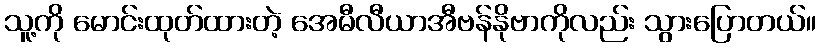
သူ့ကို မောင်းထုတ်ထားတဲ့ အေမီလီယာအီဗန်နိုဗာကိုလည်း သွားပြောတယ်။